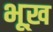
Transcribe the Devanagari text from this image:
भूख़